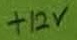
Text: +12V